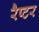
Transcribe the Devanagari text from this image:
रैप्‍टर